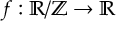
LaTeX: f : { \mathbb { R } / \mathbb { Z } } \to \mathbb { R }